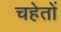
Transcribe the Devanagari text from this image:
चहेतों